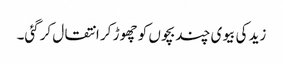
زید کی بیوی چند بچوں کو چھوڑ کر انتقال کرگئی۔